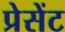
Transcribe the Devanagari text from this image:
प्रेसेंट